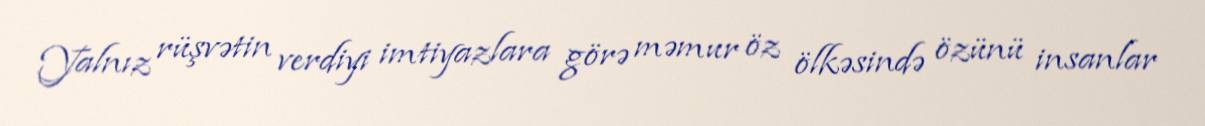
Yalnız rüşvətin verdiyi imtiyazlara görə məmur öz ölkəsində özünü insanlar